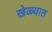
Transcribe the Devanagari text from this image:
खेळ्यात